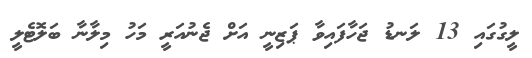
ލީގުގައި 13 ލަނޑު ޖަހާފައިވާ ޕަޒިނީ އަށް ޖެނުއަރީ މަހު މިލާނާ ބަލޮޓެލީ